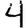
Digit: 4